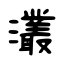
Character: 灇